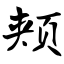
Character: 颊